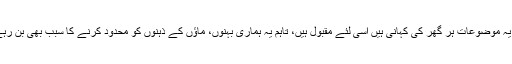
گرچہ یہ موضوعات ہر گھر کی کہانی ہیں اسی لئے مقبول ہیں، تاہم یہ ہماری بہنوں، ماؤں کے ذہنوں کو محدود کرنے کا سبب بھی بن رہے ہیں۔